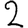
Digit: 2